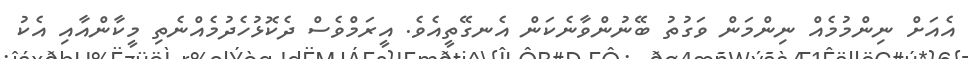
އެއަށް ނިންމުމެއް ނިންމަން ވަގުތު ބޭނުންވާނެކަން އެނގޭތީއެވެ. އީރަމްވެސް ދެކޮޅުހެދުމެއްނެތި މީކާންއާއި އެކު